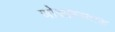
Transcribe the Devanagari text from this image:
जोसफ़स्टाड